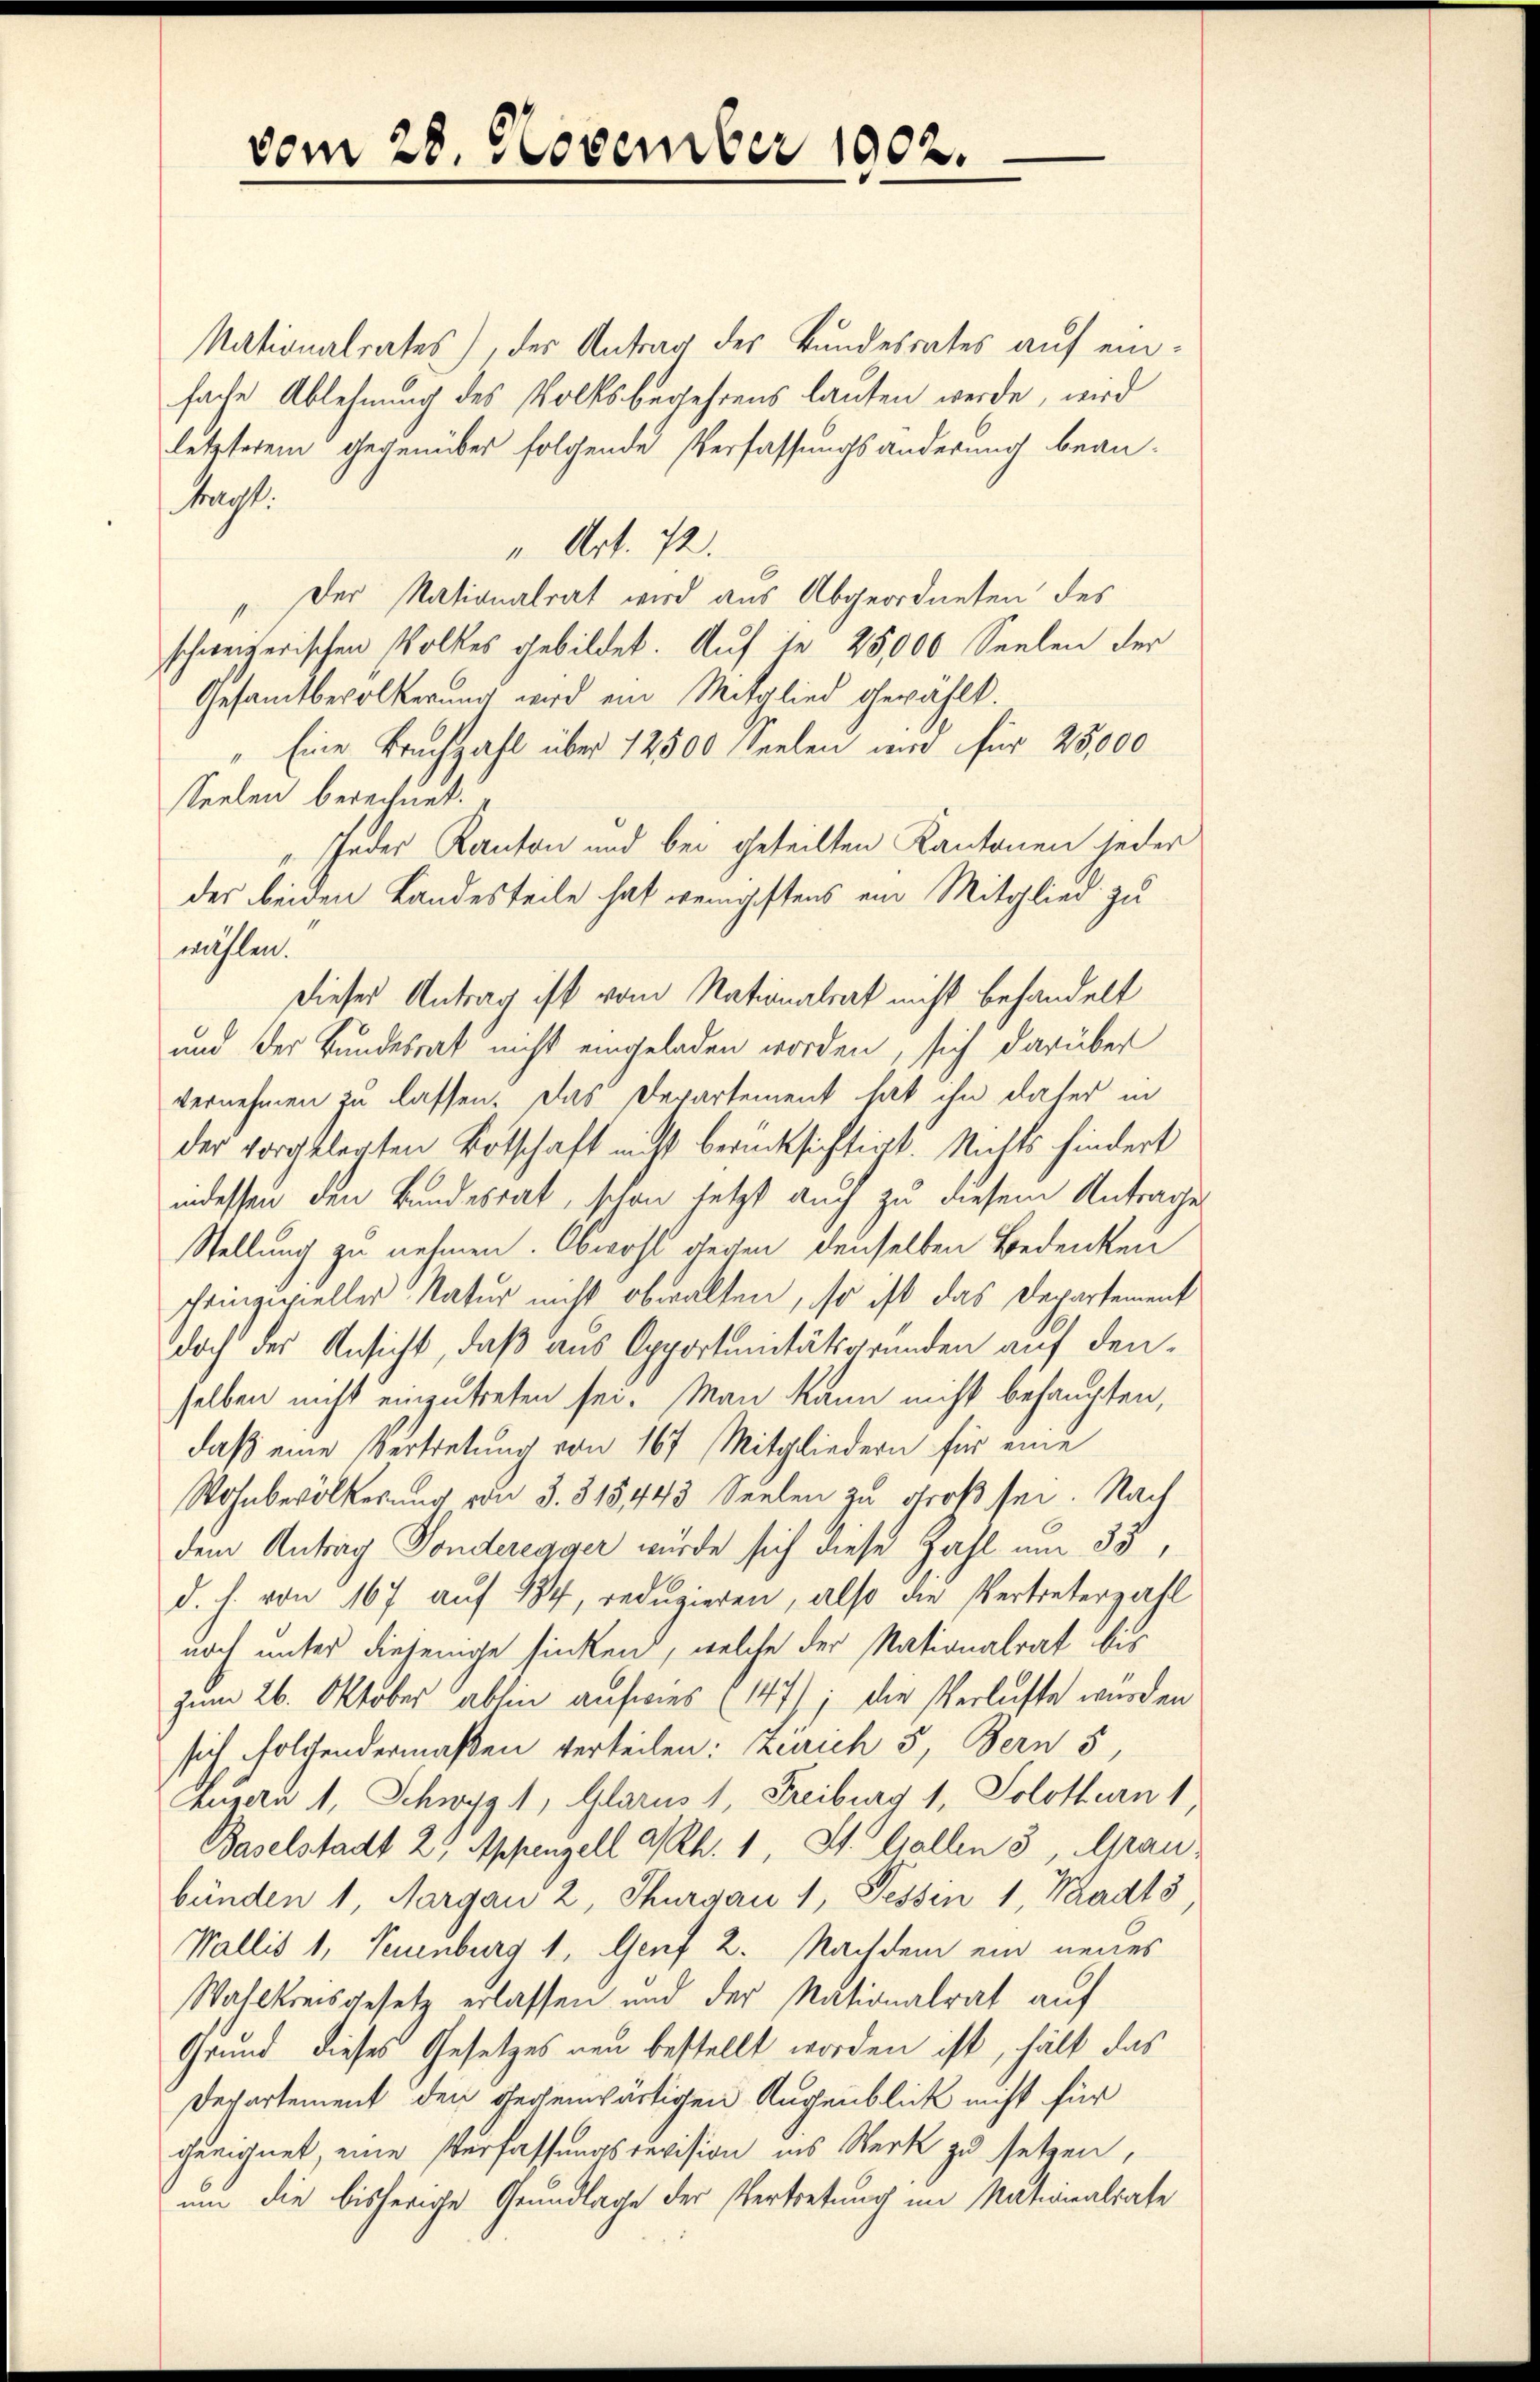
vom 28. November 1902.

Nationalrates), der Antrag des Bundesrates auf einfache Ablehnung des Volksbegehrens lauten werde, wird
letzterem gegenüber folgende Verfassungsänderung beantracht.
". Art. 72.
Der Nationalrat wird aus Abgeordneten des
schweizerischen Volkes gebildet. Auf je 25000 Seelen der
Gesamtbevölkerung wird ein Mitglied gewählt.
Eine Bruchzahl über 12500 Seelen und für 25,000
Seelen berechnet.
Jeder Kanton und bei geteilten Kantonen jeder
der beiden Landesteile hat wenigstens ein Mitglied zu
wählen.
Dieses Antrag ist vom Nationalrat nicht behandelt
und der Bundesrat nicht eingeladen worden, sich darüber
vernehmen zu lassen. Das Departement hat ihn daher in
der vorgelegten Botschaft nicht berücksichtigt. Nichts findert
indessen den Bundesrat, schon jetzt auch zu diesem Antrage
Stellung zu nehmen. Obwohl gegen denselben Bedenken
scheinzufieller Natur nicht obwalten, so ist das Departement
doch der Ansicht, daß aus Opportunitätsgrunden auf denselben nicht einzutreten sei. Man kann nicht behaupten,
daß eine Vertretung von 167 Mitgliedern für eine
Wohnbevölkerung von 3. 315443 Seelen zu groß sei. Nach
dem Antrag Sonderegger wurde sich diese Zahl um 33,
d. h. von 167 auf 134, reduzieren, also die Vertreterzahl
noch unter diejenige sinken, welche der Nationalrat bis
Zum 26. Oktober abhin aufwies (147) ; die Verluste wurden
sich folgendermaßen verteilen: Zürich 5, Bern 5,
Augara 1, Schwyz 1, Glarus 1, Freiburg 1, Solothurn 1
Baselstadt 25 Appenzell a/Rh. 1 St. Gallen 3, Graubünden 1, Aargau 2, Thurgau 1, Fessen 1, Waadt
Wallis 1, Neuenburg 1. Genf 2. Nachdem ein neues
Wahlkreisgesetz erlassen und der Nationalrat auf
Grund dieses Gesetzes neu bestellt worden ist, hält das
Departement den gegenwärtigen Augenblick nicht für
geeignet, eine Verfassungsrevision ins Werk zu setzen,
um die bisherige Grundlage der Vertretung im Nationalrate